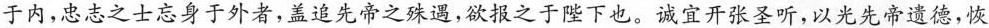
于内，忠志之士忘身于外者，盖追先帝之殊遇，欲报之于陛下也。诚宜开张圣听，以光先帝遗德，恢